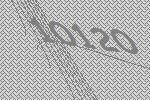
10120